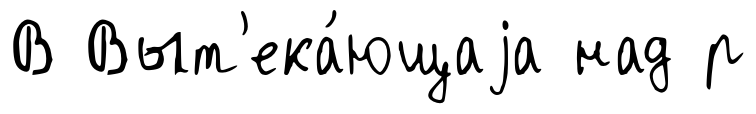
В Выт'ека́ющаjа над р